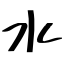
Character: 水